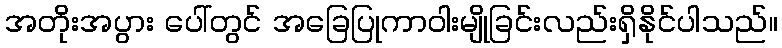
အတိုးအပွား ပေါ်တွင် အခြေပြုကာဝါးမျိုခြင်းလည်းရှိနိုင်ပါသည်။